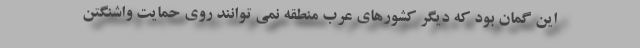
این گمان بود که دیگر کشورهای عرب منطقه نمی توانند روی حمایت واشنگتن